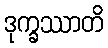
ဒုက္ခဿာတိ